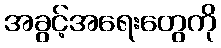
အခွင့်အရေးတွေကို